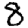
Digit: 8